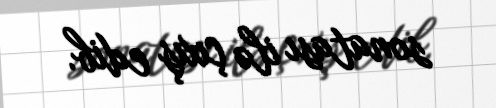
sonatası ilə çıxış edib.